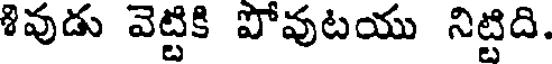
శివుడు వెట్టికి పోవుటయు నిట్టిది.